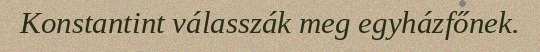
Konstantint válasszák meg egyházfőnek.